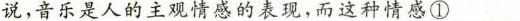
说，音乐是人的主观情感的表现，而这种情感①_____